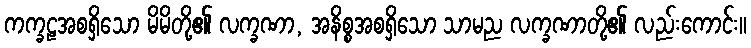
ကက္ခဠအစရှိသော မိမိတို့၏ လက္ခဏာ, အနိစ္စအစရှိသော သာမည လက္ခဏာတို့၏ လည်းကောင်း။